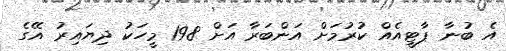
އެ ބުނާ ޕާޓީއެއް ކުރުމަށް އަންބަރާ އަށް 198 މީހަކު ދިޔައިރު އޭގެ